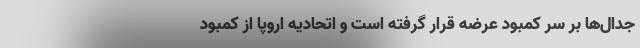
جدال‌ها بر سر کمبود عرضه قرار گرفته است و اتحادیه اروپا از کمبود